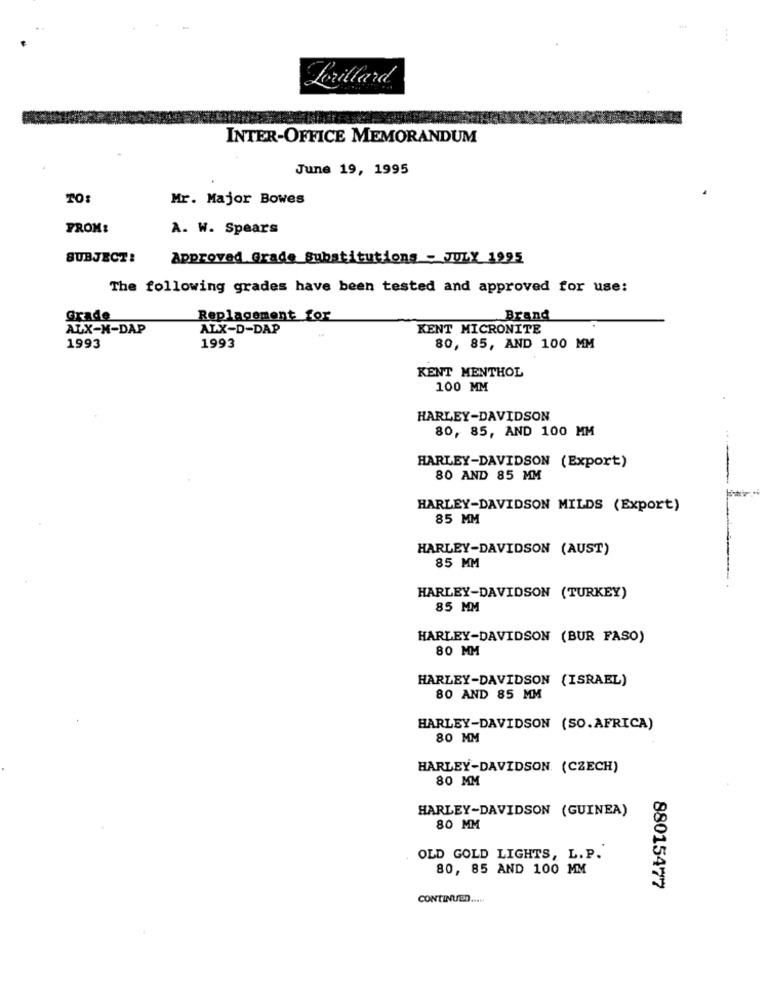
Levillard
INTER-OFFICE MEMORANDUM
June 19, 1995
TO:
Mr. Major Bowes
FROM:
A. W. Spears
SUBJECT:
Approved Grade Substitutions - JULY 1995
The following grades have been tested and approved for use:
Grade
Replacement for
Brand
ALX-M-DAP
ALX-D-DAP
KENT MICRONITE
1993
1993
80, 85, AND 100 MM
KENT MENTHOL
100 MM
HARLEY-DAVIDSON
80, 85, AND 100 MM
HARLEY-DAVIDSON (Export)
80 AND 85 MM
HARLEY-DAVIDSON MILDS (Export)
85 MM
HARLEY-DAVIDSON (AUST)
85 MM
HARLEY-DAVIDSON (TURKEY)
85 MM
HARLEY-DAVIDSON (BUR FASO)
80 MM
HARLEY-DAVIDSON (ISRAEL)
80 AND 85 MM
HARLEY-DAVIDSON (SO.AFRICA)
80 MM
HARLEY-DAVIDSON. (CZECH)
80 MM
HARLEY-DAVIDSON (GUINEA)
80 MM
OLD GOLD LIGHTS, L. P.
80, 85 AND 100 MM
88015477
CONTINUED .....